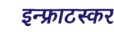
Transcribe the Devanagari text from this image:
इन्फ्राटस्कर